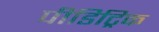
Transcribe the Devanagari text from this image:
पीडिट्रिक